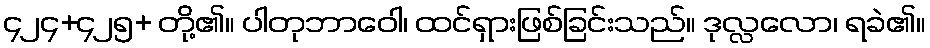
၄၂၄+၄၂၅+ တို့၏။ ပါတုဘာဝေါ၊ ထင်ရှားဖြစ်ခြင်းသည်။ ဒုလ္လလော၊ ရခဲ၏။